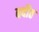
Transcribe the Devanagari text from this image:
बदौठ